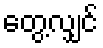
တွေ့လျှင်